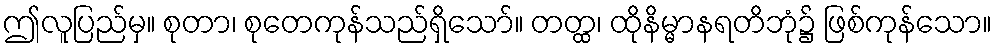
ဤလူပြည်မှ။ စုတာ၊ စုတေကုန်သည်ရှိသော်။ တတ္ထ၊ ထိုနိမ္မာနရတိဘုံ၌ ဖြစ်ကုန်သော။